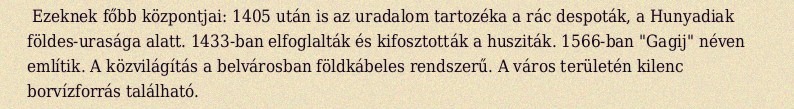
Ezeknek főbb központjai: 1405 után is az uradalom tartozéka a rác despoták, a Hunyadiak földes-urasága alatt. 1433-ban elfoglalták és kifosztották a husziták. 1566-ban "Gagij" néven említik. A közvilágítás a belvárosban földkábeles rendszerű. A város területén kilenc borvízforrás található.